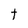
Character: t